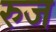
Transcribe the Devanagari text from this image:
रुज